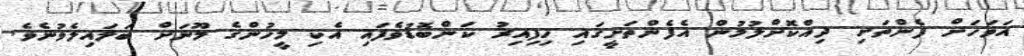
އަވަހަށް ފެންތަށި ދިއްކޮށްލުމުން އެފެންތަށީގައި ހިފިއިރު ކަންބޮޑުވެފައި އެކި މީހުންގެ މޫނަށް ބަލައިލެވުނެވެ.